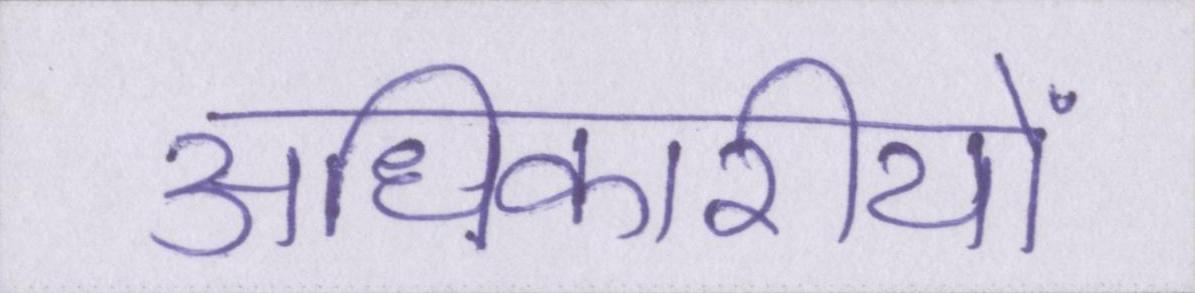
अधिकारीयों